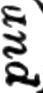
pur